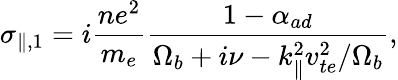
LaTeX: \sigma_{\parallel,1}=i\frac{ne^{2}}{m_{e}}\frac{1-\alpha_{ad}}{\Omega_{b}+i\nu-k_{\parallel}^{2}v_{te}^{2}/\Omega_{b}},